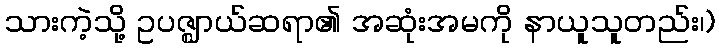
သားကဲ့သို့ ဥပဇ္ဈာယ်ဆရာ၏ အဆုံးအမကို နာယူသူတည်း၊)